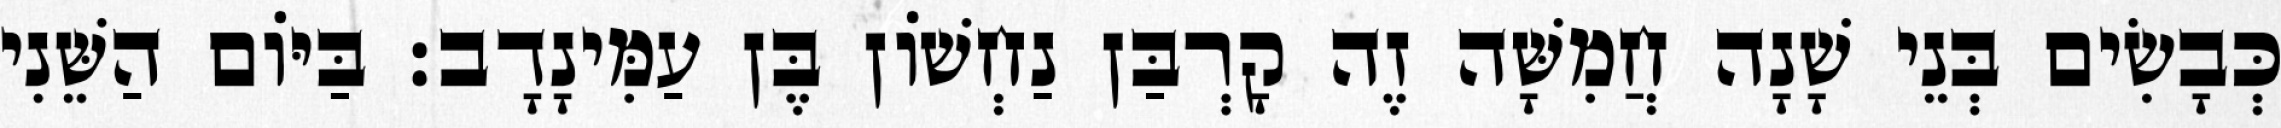
כְּבָשִׂים בְּנֵי שָׁנָה חֲמִשָּׁה זֶה קָרְבַּן נַחְשׁוֹן בֶּן עַמִּינָדָב׃ בַּיּוֹם הַשֵּׁנִי